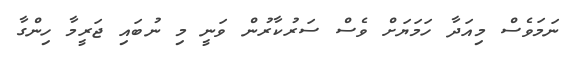
ނަމަވެސް މިއަދާ ހަމަޔަށް ވެސް ސަރުކާރުން ވަނީ މި ނުބައި ޖަރީމާ ހިންގާ